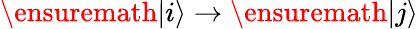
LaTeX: \ensuremath{\left|i\right\rangle}\rightarrow\ensuremath{\left|j\right\rangle}